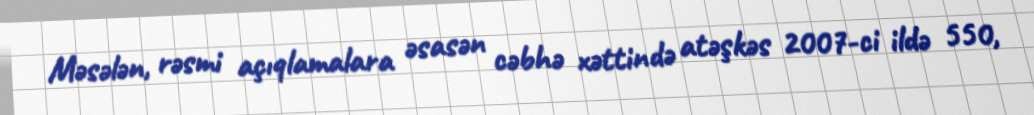
Məsələn, rəsmi açıqlamalara əsasən cəbhə xəttində atəşkəs 2007-ci ildə 550,